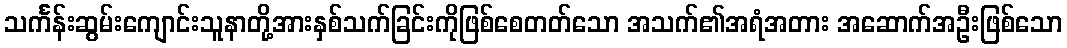
သင်္ကန်းဆွမ်းကျောင်းသူနာတို့အားနှစ်သက်ခြင်းကိုဖြစ်စေတတ်သော အသက်၏အရံအတား အဆောက်အဦးဖြစ်သော